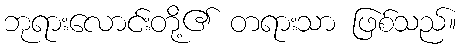
ဘုရားလောင်းတို့၏ တရားသာ ဖြစ်သည်။